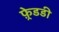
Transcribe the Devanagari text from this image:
फ़्रेडडी